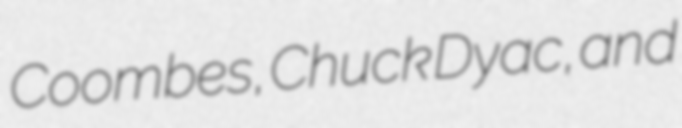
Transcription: Coombes, Chuck Dyac, and